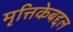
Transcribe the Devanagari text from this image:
मृत्तिकेबद्दल